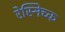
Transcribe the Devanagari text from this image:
रेस्निच्क